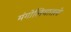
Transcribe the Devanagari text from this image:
मंगोलियातले